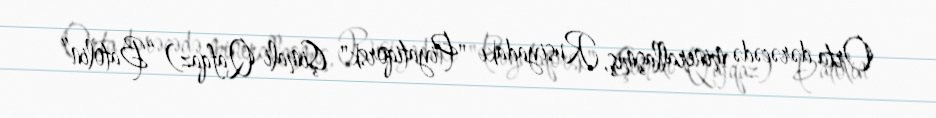
Orta dərəcədə minerallaşmış, Rusiyadakı "Piyatiqorsk" (Şimali Qafqaz) “Batolin”